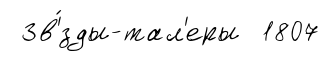
Зв'́зды-тал'еры 1807